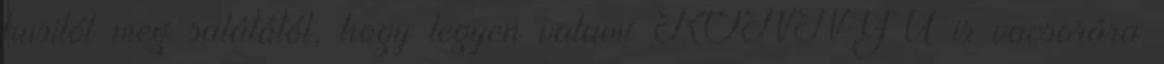
husitól meg salátától, hogy legyen valami KÖNNYŰ is vacsorára